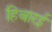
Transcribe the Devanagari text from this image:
हिवारई